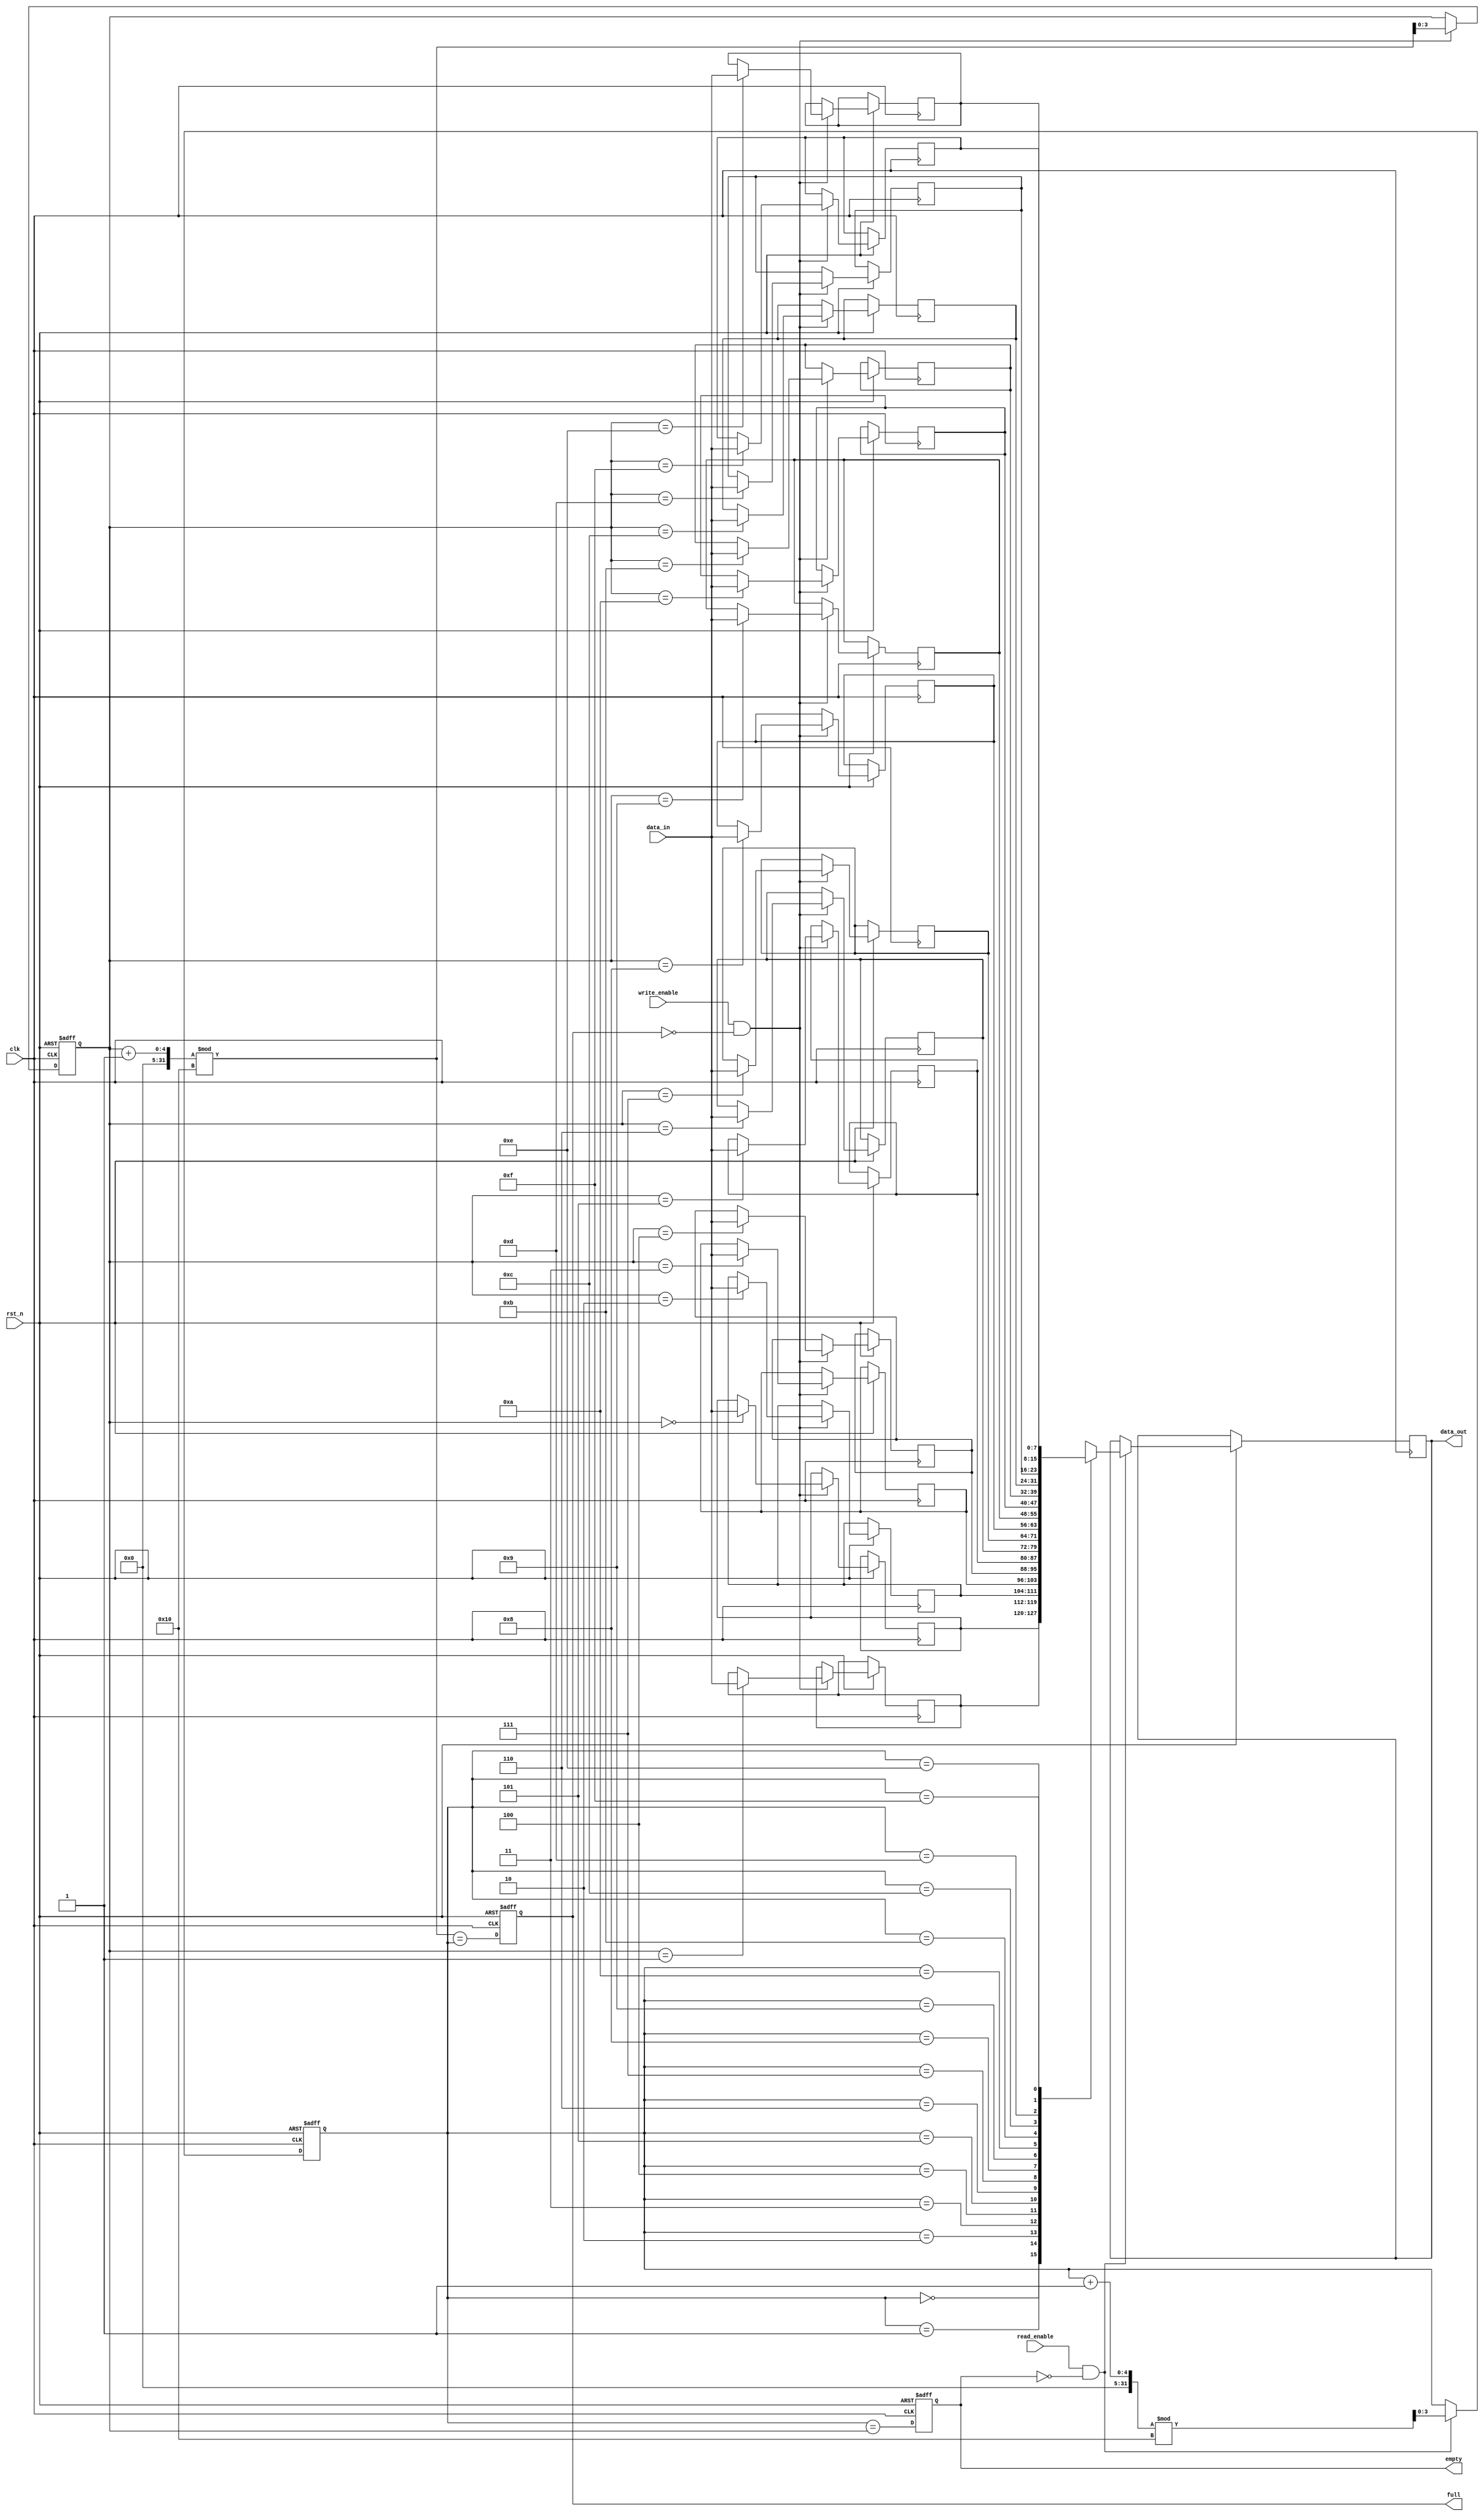
module parameterized_fifo #(
    parameter DATA_WIDTH = 8,       // Width of each data entry
    parameter FIFO_DEPTH = 16        // Depth of the FIFO
) (
    input wire clk,                  // Clock signal
    input wire rst_n,                // Active-low reset signal
    input wire write_enable,         // Write enable signal
    input wire read_enable,          // Read enable signal
    input wire [DATA_WIDTH-1:0] data_in, // Input data to be written
    output reg [DATA_WIDTH-1:0] data_out, // Output data read from the FIFO
    output reg full,                 // FIFO full flag
    output reg empty                 // FIFO empty flag
);

    // Pointer size calculation
    localparam ADDR_WIDTH = $clog2(FIFO_DEPTH);
    
    // Memory array to hold FIFO data
    reg [DATA_WIDTH-1:0] fifo_mem [0:FIFO_DEPTH-1];
    
    // Read and write pointers
    reg [ADDR_WIDTH-1:0] read_ptr;
    reg [ADDR_WIDTH-1:0] write_ptr;

    // FIFO operations
    always @(posedge clk or negedge rst_n) begin
        if (!rst_n) begin
            // Reset condition
            read_ptr <= 0;
            write_ptr <= 0;
            full <= 0;
            empty <= 1;
        end else begin
            // Write operation
            if (write_enable && !full) begin
                fifo_mem[write_ptr] <= data_in; // Write data to FIFO
                write_ptr <= (write_ptr + 1) % FIFO_DEPTH; // Increment write pointer
            end
            
            // Read operation
            if (read_enable && !empty) begin
                data_out <= fifo_mem[read_ptr]; // Read data from FIFO
                read_ptr <= (read_ptr + 1) % FIFO_DEPTH; // Increment read pointer
            end

            // Update full and empty flags
            full <= (write_ptr + 1) % FIFO_DEPTH == read_ptr; // FIFO full condition
            empty <= read_ptr == write_ptr; // FIFO empty condition
        end
    end

endmodule